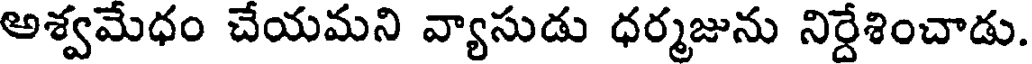
అశ్వమేధం చేయమని వ్యాసుడు ధర్మజును నిర్దేశించాడు.